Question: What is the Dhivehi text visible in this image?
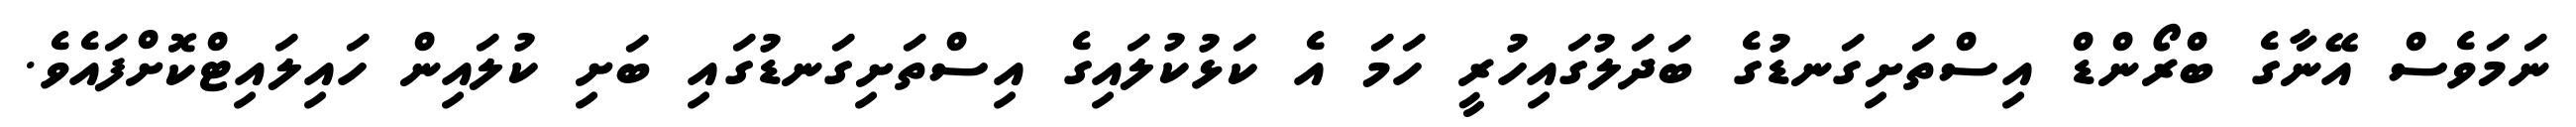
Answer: ނަމަވެސް އޭނާގެ ބްރޯންޑް އިސްތަށިގަނޑުގެ ބަދަލުގައިހުރީ ހަމަ އެ ކަޅުކުލައިގެ އިސްތަށިގަނޑުގައި ބަށި ކުލައިން ހައިލައިޓްކޮށްފައެވެ.